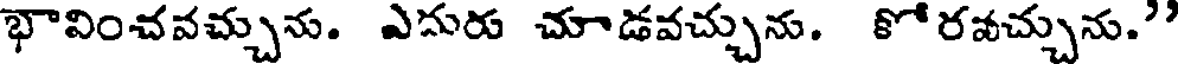
భావించవచ్చును. ఎదురు చూడవచ్చును. కోరవచ్చును."